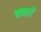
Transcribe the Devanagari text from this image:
क्मरों